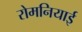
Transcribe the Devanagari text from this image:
रोमनियाई